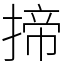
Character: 揥